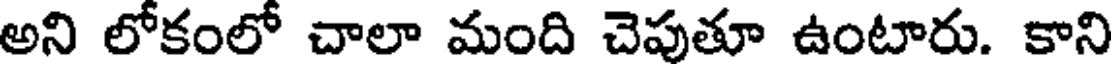
అని లోకంలో చాలా మంది చెపుతూ ఉంటారు. కాని